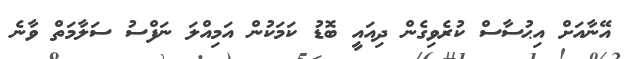
އޭނާއަށް އިޙުސާސް ކުރެވިގެން ދިއައީ ބޮޑު ކަމަކުން އަމިއްލަ ނަފްސު ސަލާމަތް ވާނެ